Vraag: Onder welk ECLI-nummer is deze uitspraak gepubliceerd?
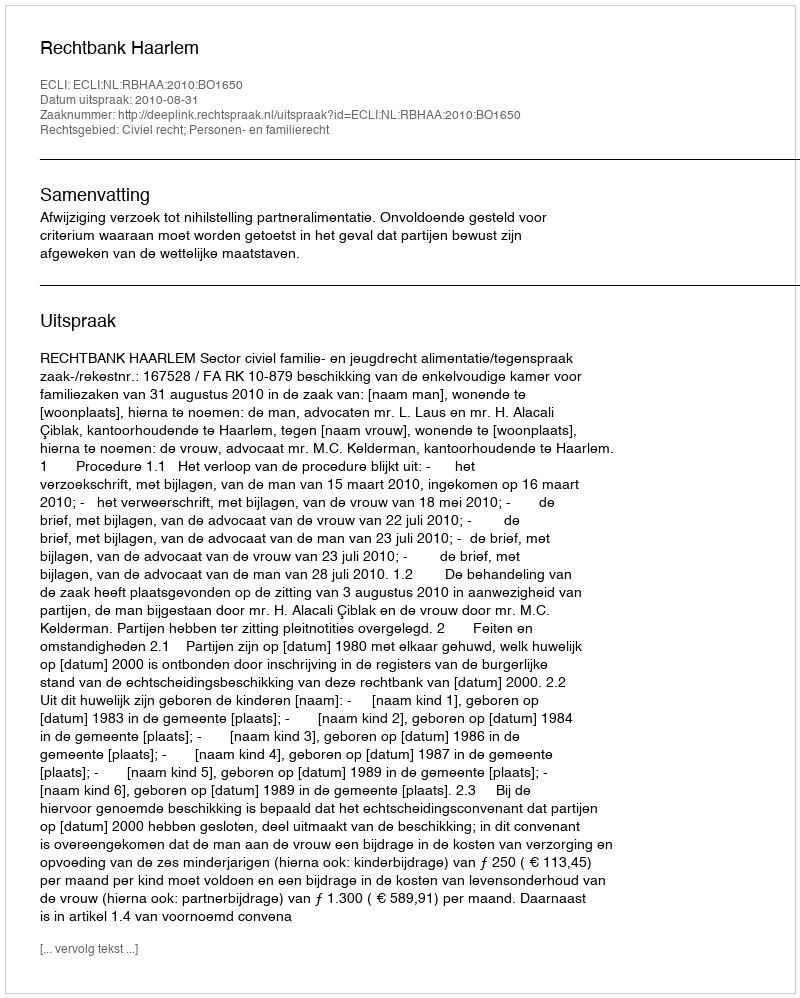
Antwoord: ECLI:NL:RBHAA:2010:BO1650